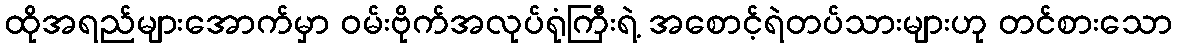
ထိုအရည်များအောက်မှာ ဝမ်းဗိုက်အလုပ်ရုံကြီးရဲ့ အစောင့်ရဲတပ်သားများဟု တင်စားသော